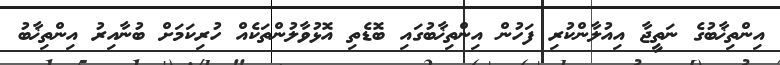
އިންތިޚާބުގެ ނަތީޖާ އިއުލާންކުރި ފަހުން އިންތިޚާބުގައި ބޮޑެތި އޮޅުވާލުންތަކެއް ހުރިކަމަށް ބުނާއިރު އިންތިޚާބު